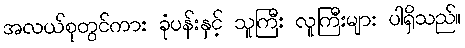
အလယ်စုတွင်ကား ခုံပန်းနှင့် သူကြီး လူကြီးများ ပါရှိသည်။